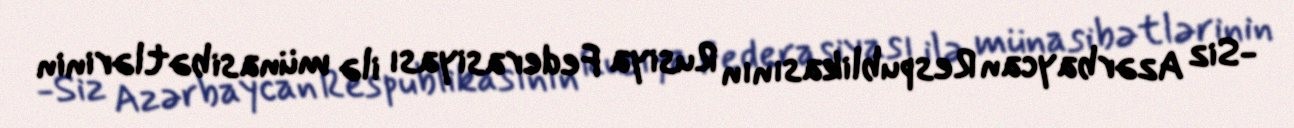
-Siz Azərbaycan Respublikasının Rusiya Federasiyası ilə münasibətlərinin